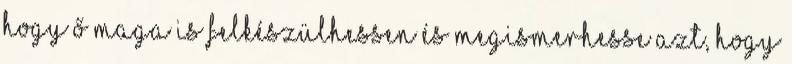
hogy ő maga is felkészülhessen és megismerhesse azt, hogy